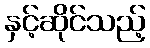
နှင့်ဆိုင်သည့်